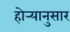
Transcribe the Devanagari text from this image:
होर्‍यानुसार